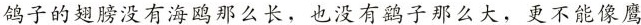
鸽子的翅膀没有海鸥那么长，也没有鹞子那么大，更不能像鹰